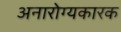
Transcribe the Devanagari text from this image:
अनारोग्यकारक